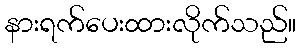
နားရက်ပေးထားလိုက်သည်။